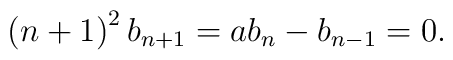
\left( n+1\right) ^{2}b_{n+1}=ab_{n}-b_{n-1}=0.